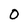
Character: O